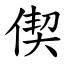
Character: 偰